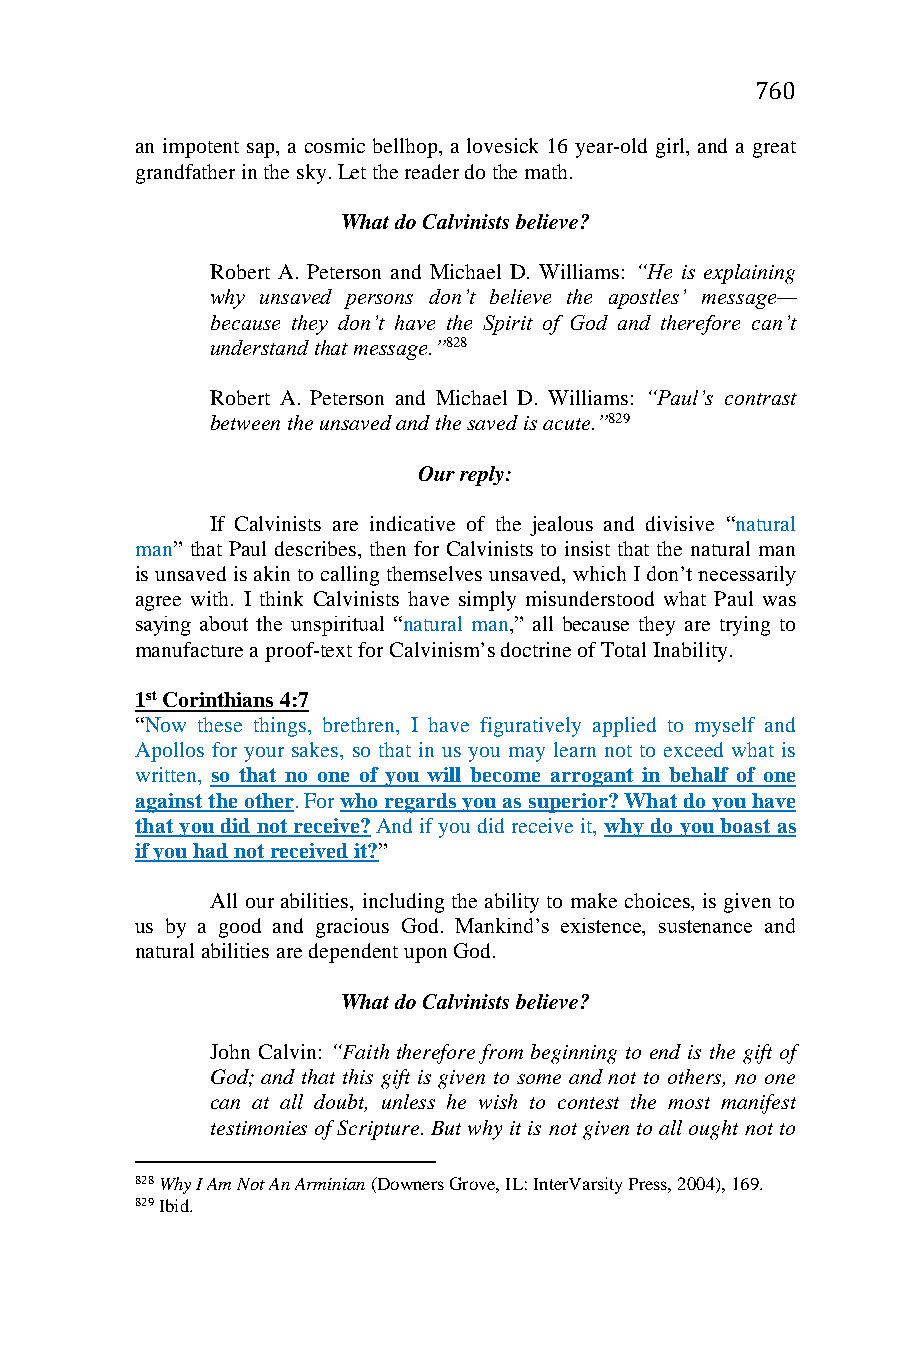
760
 an impotent sap, a cosmic bellhop, a lovesick 16 year-old girl, and a great
 grandfather in the sky. Let the reader do the math.
 What do Calvinists believe?
 Robert A. Peterson and Michael D. Williams: “He is explaining
 why unsaved persons don’t believe the apostles’ message—
 because they don’t have the Spirit of God and therefore can’t
 understand that message.”828
 Robert A. Peterson and Michael D. Williams: “Paul’s contrast
 between the unsaved and the saved is acute.”829
 Our reply:
 If Calvinists are indicative of the jealous and divisive “natural
 man” that Paul describes, then for Calvinists to insist that the natural man
 is unsaved is akin to calling themselves unsaved, which I don’t necessarily
 agree with. I think Calvinists have simply misunderstood what Paul was
 saying about the unspiritual “natural man,” all because they are trying to
 manufacture a proof-text for Calvinism’s doctrine of Total Inability.
 1st Corinthians 4:7
 “Now these things, brethren, I have figuratively applied to myself and
 Apollos for your sakes, so that in us you may learn not to exceed what is
 written, so that no one of you will become arrogant in behalf of one
 against the other. For who regards you as superior? What do you have
 that you did not receive? And if you did receive it, why do you boast as
 if you had not received it?”
 All our abilities, including the ability to make choices, is given to
 us by a good and gracious God. Mankind’s existence, sustenance and
 natural abilities are dependent upon God.
 What do Calvinists believe?
 John Calvin: “Faith therefore from beginning to end is the gift of
 God; and that this gift is given to some and not to others, no one
 can at all doubt, unless he wish to contest the most manifest
 testimonies of Scripture. But why it is not given to all ought not to
 828 Why I Am Not An Arminian (Downers Grove, IL: InterVarsity Press, 2004), 169.
 829 Ibid.